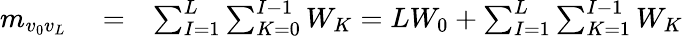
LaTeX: \begin{array}{rlr}{m_{v_{0}v_{L}}}&{{}=}&{\sum_{I=1}^{L}\sum_{K=0}^{I-1}W_{K}=LW_{0}+\sum_{I=1}^{L}\sum_{K=1}^{I-1}W_{K}}\end{array}